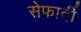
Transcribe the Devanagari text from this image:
सेफार्दी